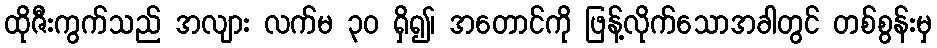
ထိုဇီးကွက်သည် အလျား လက်မ ၃၀ ရှိ၍၊ အတောင်ကို ဖြန့်လိုက်သောအခါတွင် တစ်စွန်းမှ